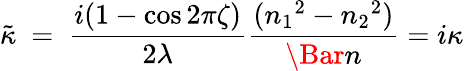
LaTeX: \tilde{\kappa}~=~\frac{i(1-\cos{2\pi\zeta})}{2\lambda}\frac{({n_{1}}^{2}-{n_{2}}^{2})}{\Bar{n}}=i\kappa